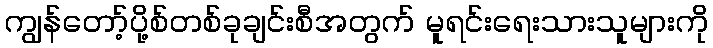
ကျွန်တော့်ပို့စ်တစ်ခုချင်းစီအတွက် မူရင်းရေးသားသူများကို